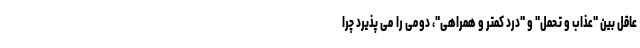
عاقل بین "عذاب و تحمل" و "درد کمتر و همراهی"، دومی را می پذیرد چرا